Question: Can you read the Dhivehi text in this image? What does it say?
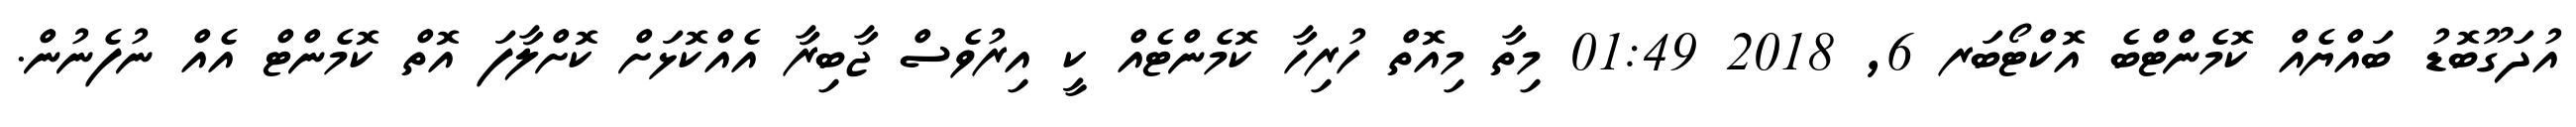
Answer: އުދަގޫބޮޑު ބައްޔެއް ކޮމެންޓްބެ އޮކްޓޯބަރ 6, 2018 01:49 މިތާ މިއޮތް ހުރިހާ ކޮމެންޓެއް ކީ އިރުވެސް ޖާބިރާ އެއްކޮޅަށް ކޮށްލާފަ އޮތް ކޮމެންޓް އެއް ނުފެނުން.